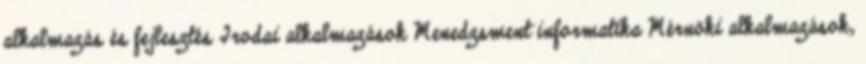
alkalmazás és fejlesztés Irodai alkalmazások Menedzsment informatika Mérnöki alkalmazások,